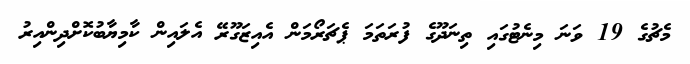
މެޗުގެ 19 ވަނަ މިނެޓުގައި ތިނަދޫގެ ފުރަތަމަ ޕެޗަރޯމަން އެއިޒަގޫރޭ އެލައިން ކާމިޔާބުކޮށްދިންއިރު